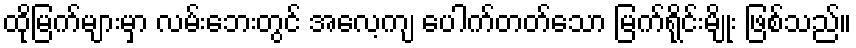
ထိုမြက်များမှာ လမ်းဘေးတွင် အလေ့ကျ ပေါက်တတ်သော မြက်ရိုင်းမျိုး ဖြစ်သည်။